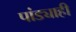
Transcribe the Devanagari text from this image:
पांड्याही